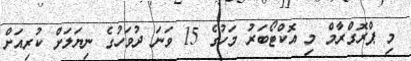
މި ޕްރޮގްރާމް މި އޮކްޓޯބަރު މަހުގެ 15 ވަނަ ދުވަހުގެ ނިޔަލަށް ކުރިއަށް